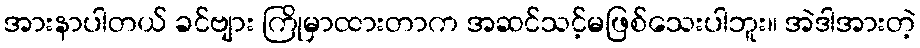
အားနာပါတယ် ခင်ဗျား ကြိုမှာထားတာက အဆင်သင့်မဖြစ်သေးပါဘူး။ အဲဒါအားတဲ့